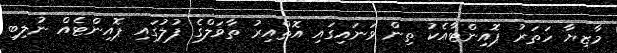
މާޒިޔާ ހަތަރު ޕޮއިންޓާއެކު ތިން ވަނައިގައި އޮތްއިރު ތާވަލްގެ ފުލުގައި ޕޮއިންޓެއް ނުލިބި